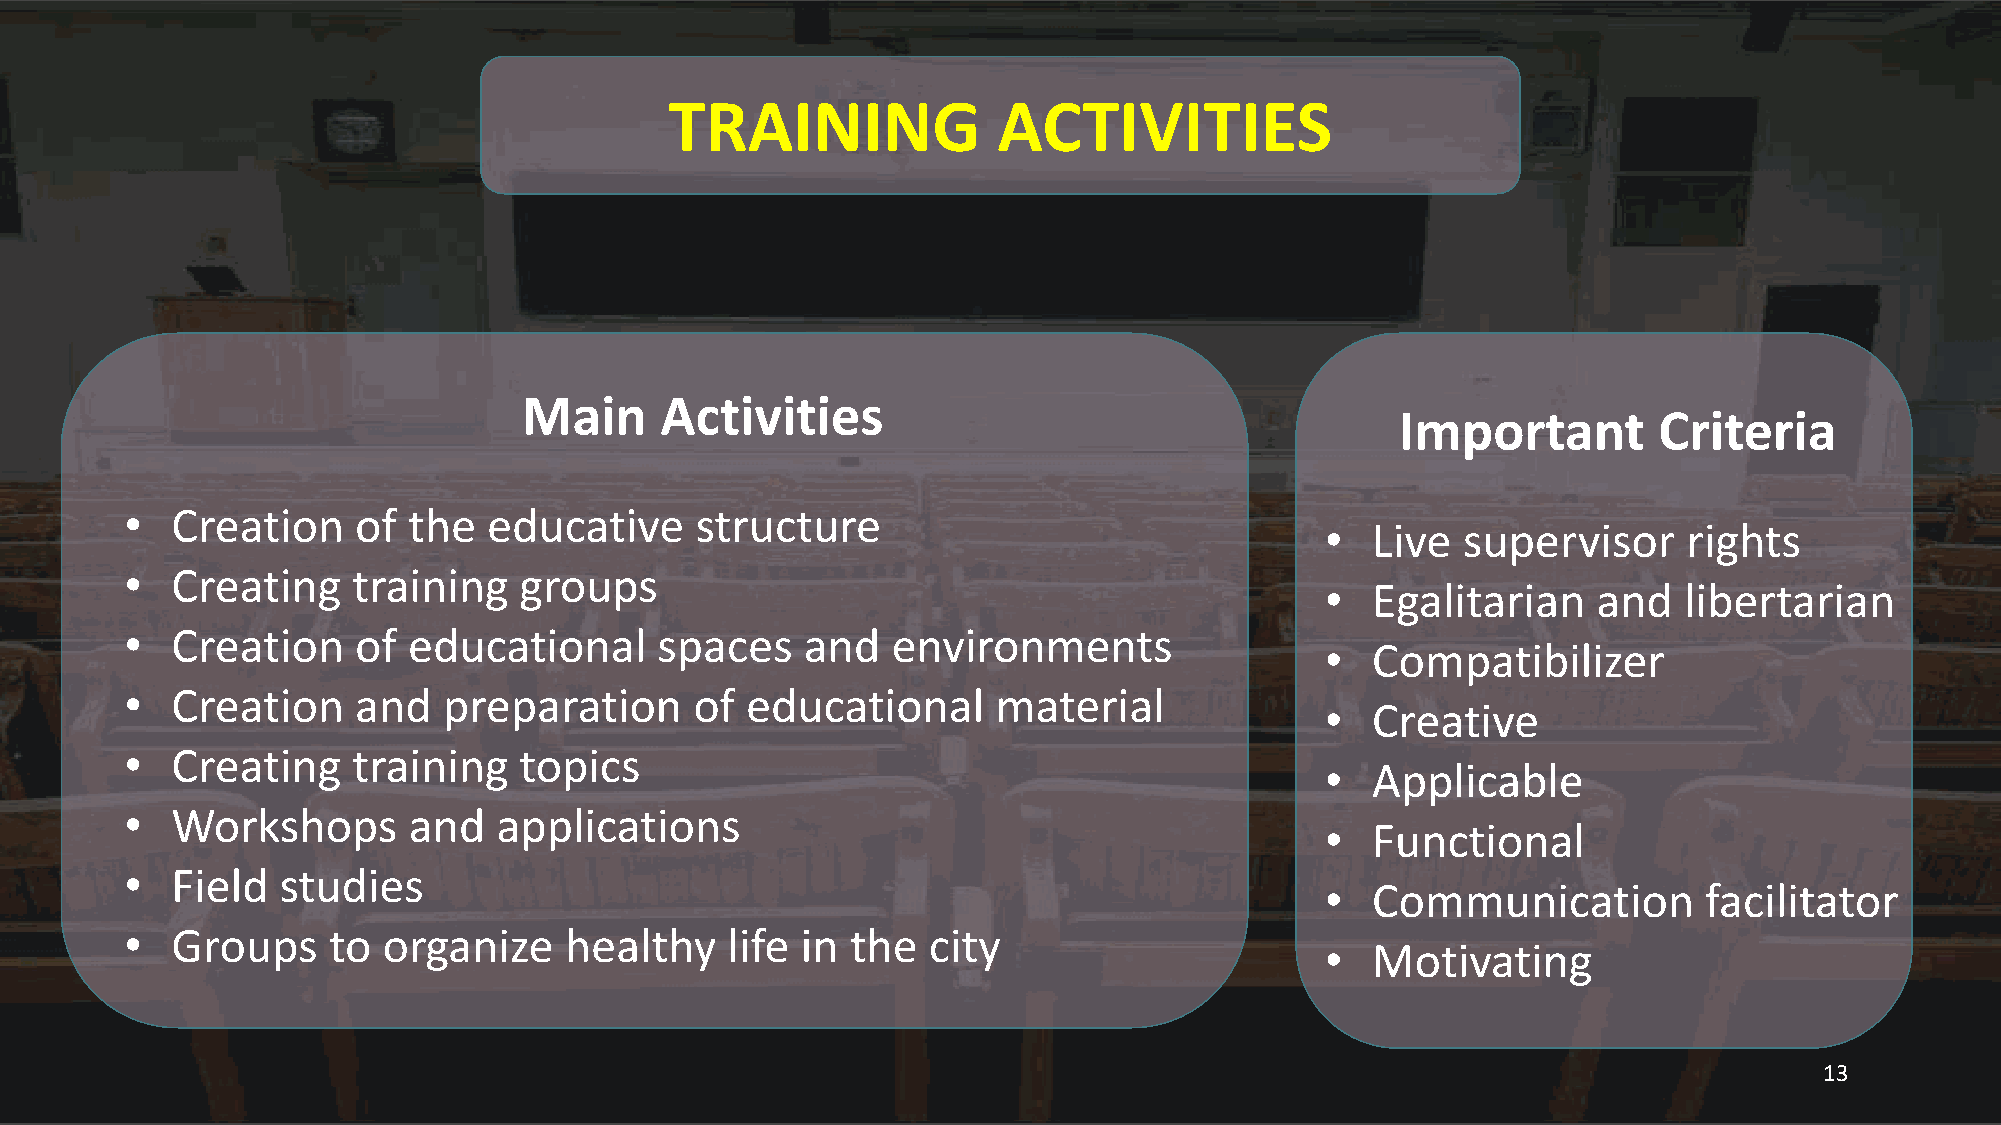
TRAINING              ACTIVITIES
 Main     Activities
 Important        Criteria
 •  Creation    of  the  educative     structure
 •  Live  supervisor     rights
 •  Creating    training   groups
 •  Egalitarian    and  libertarian
 •  Creation     of educational     spaces    and   environments
 •  Compatibilizer
 •  Creation    and   preparation      of educational      material
 •  Creative
 •  Creating    training   topics
 •  Applicable
 •  Workshops       and   applications
 •  Functional
 •  Field  studies
 •  Communication         facilitator
 •  Groups     to organize    healthy    life in the  city
 •  Motivating
 13